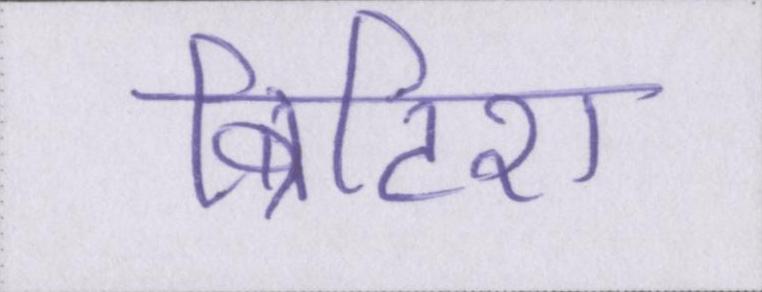
ब्रिटिश